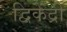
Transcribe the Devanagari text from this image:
द्विकेंद्री